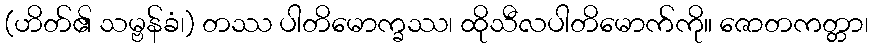
(ဟိတ်၏ သမ္ဗန်ခံ၊) တဿ ပါတိမောက္ခဿ၊ ထိုသီလပါတိမောက်ကို။ ဇောတကတ္တာ၊